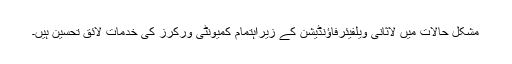
مشکل حالات میں لاثانی ویلفیئرفاؤنڈیشن کے زیراہتمام کمیونٹی ورکرز کی خدمات لائق تحسین ہیں۔